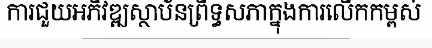
ការជួយអភិវឌ្ឍស្ថាប័នព្រឹទ្ធសភាក្នុងការលើកកម្ពស់